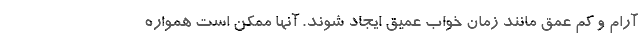
آرام و کم عمق مانند زمان خواب عمیق ایجاد شوند. آنها ممکن است همواره